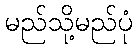
မည်သို့မည်ပုံ